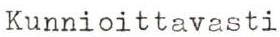
Kunnioittavasti